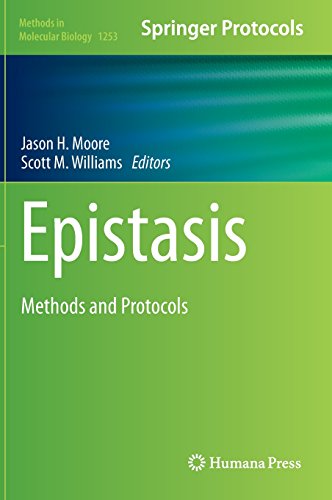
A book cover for Epistasis: Methods and Protocols (Methods in Molecular Biology); Computers & Technology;